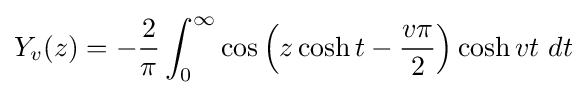
Y_{v}(z)=-{\dfrac {2}{\pi }}\int _{0}^{\infty }\cos \left(z\cosh t-{\dfrac {v\pi }{2}}\right)\cosh vt~dt